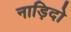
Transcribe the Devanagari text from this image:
नाड़िदो